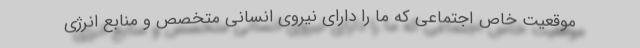
موقعیت خاص اجتماعی که ما را دارای نیروی انسانی متخصص و منابع انرژی